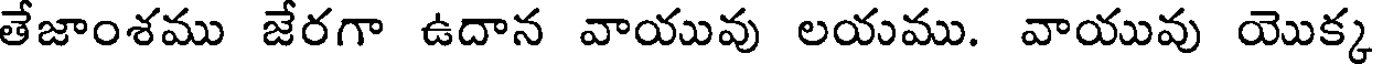
తేజాంశము జేరగా ఉదాన వాయువు లయము. వాయువు యొక్క